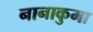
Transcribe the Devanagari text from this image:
नानाकुमा